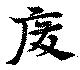
廃